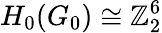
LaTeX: H_{0}(G_{0})\cong\mathbb Z_{2}^{6}